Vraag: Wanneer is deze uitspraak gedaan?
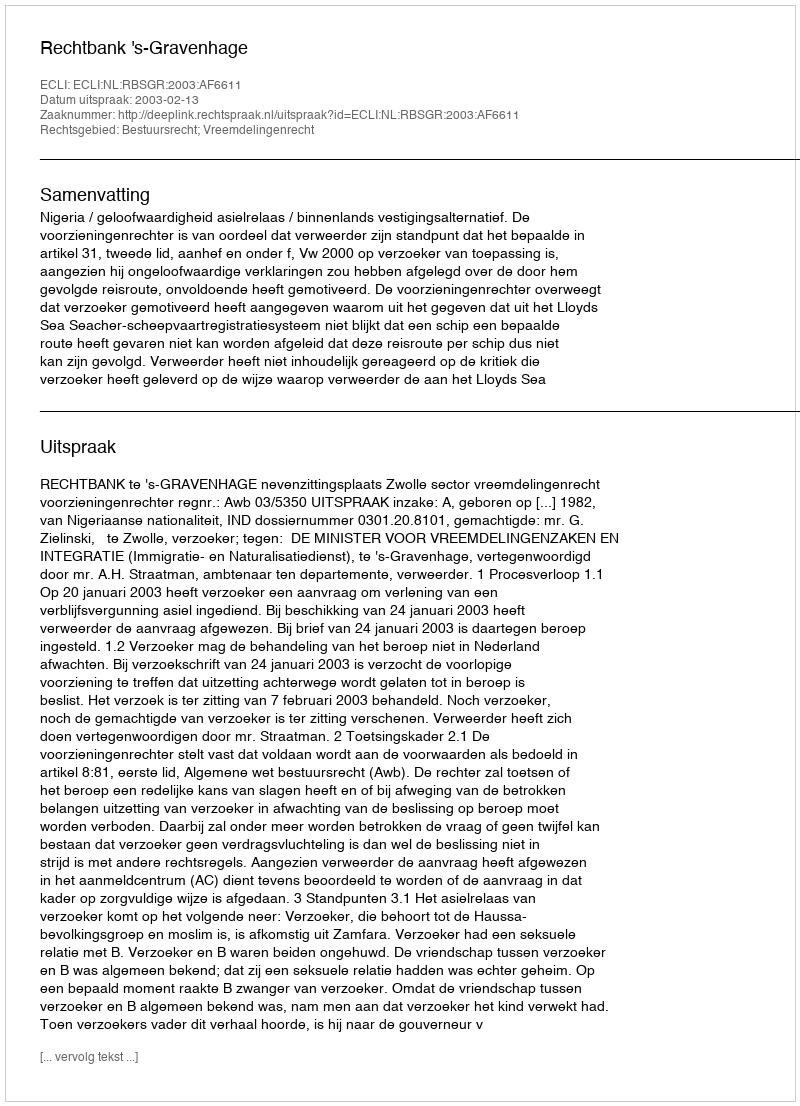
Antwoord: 2003-02-13